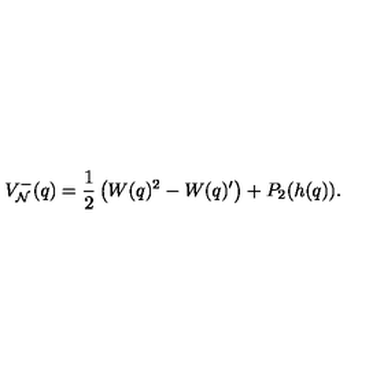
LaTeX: V _ { \cal N } ^ { - } ( q ) = \frac 1 2 \left( W ( q ) ^ { 2 } - W ( q ) ^ { \prime } \right) + P _ { 2 } ( h ( q ) ) .